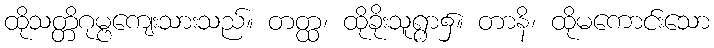
ထိုသတ္တိဂုမ္ဗကျေးသားသည်။ တတ္ထ၊ ထိုခိုးသူရွာ၌။ တာနိ၊ ထိုမကောင်းသော